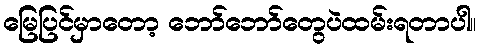
မြေပြင်မှာတော့ ဘော်ဘော်တွေပဲထမ်းရတာပါ။